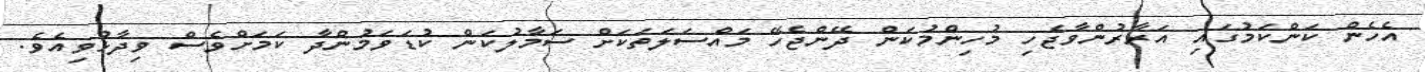
އެހެން ކަންކަމުގައި އަރާރުންވާޖެހި މުހިންމުކަން ދޭންޖެހޭ މައްސަލަތަކަށް ސަމާލުކަން ކުޑަވަމުންދާ ކަމަށްވެސް ވިދާޅުވިއެވެ.